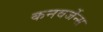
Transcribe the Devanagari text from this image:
कनवर्जेन्स